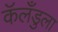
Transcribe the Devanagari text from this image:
कॅलँडुला